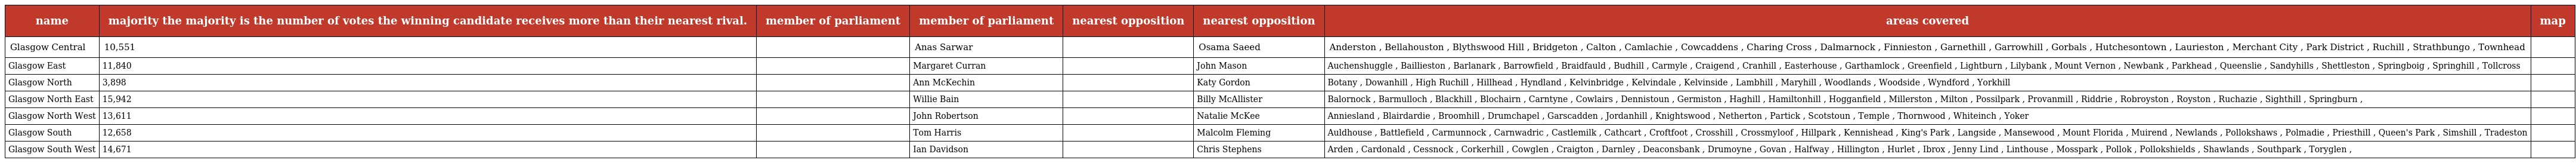
| name | majority the majority is the number of votes the winning candidate receives more than their nearest rival. | member of parliament | member of parliament | nearest opposition | nearest opposition | areas covered | map |
 | --- | --- | --- | --- | --- | --- | --- | --- |
 | Glasgow Central | 10,551 |  | Anas Sarwar |  | Osama Saeed | Anderston , Bellahouston , Blythswood Hill , Bridgeton , Calton , Camlachie , Cowcaddens , Charing Cross , Dalmarnock , Finnieston , Garnethill , Garrowhill , Gorbals , Hutchesontown , Laurieston , Merchant City , Park District , Ruchill , Strathbungo , Townhead |  |
 | Glasgow East | 11,840 |  | Margaret Curran |  | John Mason | Auchenshuggle , Baillieston , Barlanark , Barrowfield , Braidfauld , Budhill , Carmyle , Craigend , Cranhill , Easterhouse , Garthamlock , Greenfield , Lightburn , Lilybank , Mount Vernon , Newbank , Parkhead , Queenslie , Sandyhills , Shettleston , Springboig , Springhill , Tollcross |  |
 | Glasgow North | 3,898 |  | Ann McKechin |  | Katy Gordon | Botany , Dowanhill , High Ruchill , Hillhead , Hyndland , Kelvinbridge , Kelvindale , Kelvinside , Lambhill , Maryhill , Woodlands , Woodside , Wyndford , Yorkhill |  |
 | Glasgow North East | 15,942 |  | Willie Bain |  | Billy McAllister | Balornock , Barmulloch , Blackhill , Blochairn , Carntyne , Cowlairs , Dennistoun , Germiston , Haghill , Hamiltonhill , Hogganfield , Millerston , Milton , Possilpark , Provanmill , Riddrie , Robroyston , Royston , Ruchazie , Sighthill , Springburn , |  |
 | Glasgow North West | 13,611 |  | John Robertson |  | Natalie McKee | Anniesland , Blairdardie , Broomhill , Drumchapel , Garscadden , Jordanhill , Knightswood , Netherton , Partick , Scotstoun , Temple , Thornwood , Whiteinch , Yoker |  |
 | Glasgow South | 12,658 |  | Tom Harris |  | Malcolm Fleming | Auldhouse , Battlefield , Carmunnock , Carnwadric , Castlemilk , Cathcart , Croftfoot , Crosshill , Crossmyloof , Hillpark , Kennishead , King's Park , Langside , Mansewood , Mount Florida , Muirend , Newlands , Pollokshaws , Polmadie , Priesthill , Queen's Park , Simshill , Tradeston |  |
 | Glasgow South West | 14,671 |  | Ian Davidson |  | Chris Stephens | Arden , Cardonald , Cessnock , Corkerhill , Cowglen , Craigton , Darnley , Deaconsbank , Drumoyne , Govan , Halfway , Hillington , Hurlet , Ibrox , Jenny Lind , Linthouse , Mosspark , Pollok , Pollokshields , Shawlands , Southpark , Toryglen , |  |